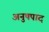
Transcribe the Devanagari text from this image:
अनुषपाद